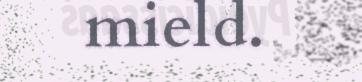
mield.